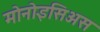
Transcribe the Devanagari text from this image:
मोनोइसिअस